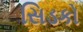
સિડકો